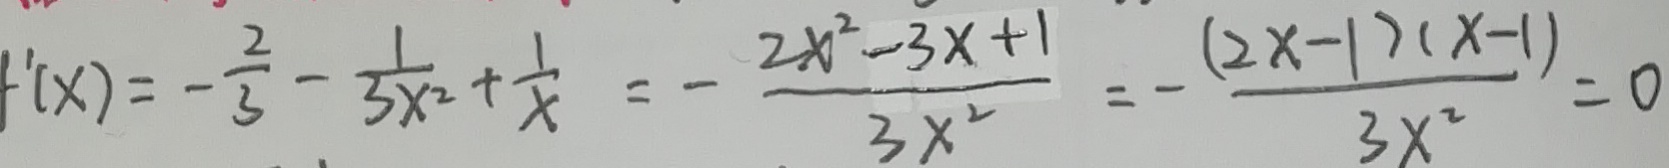
f ^ { \prime } ( x ) = - \frac { 2 } { 3 } - \frac { 1 } { 3 x ^ { 2 } } + \frac { 1 } { x } = - \frac { 2 x ^ { 2 } - 3 x + 1 } { 3 x ^ { 2 } } = - \frac { ( 2 x - 1 ) ( x - 1 ) } { 3 x ^ { 2 } } = 0